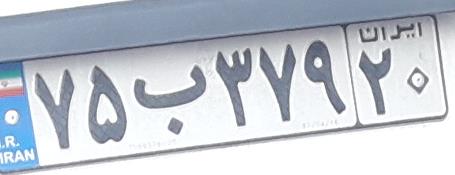
۷۵ب۳۷۹۲۰